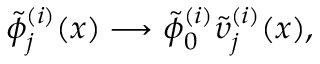
\tilde { \phi } _ { j } ^ { ( i ) } ( x ) \longrightarrow \tilde { \phi } _ { 0 } ^ { ( i ) } \tilde { \upsilon } _ { j } ^ { ( i ) } ( x ) ,